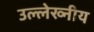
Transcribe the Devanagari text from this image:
उल्लेख्नीय